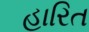
હારિત